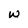
Character: w